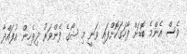
ވެސް އެންމެ ބޮޑަށް ފާހަގަކޮށްފައި ވަނީ މި ޝޯގެ ފެންވަރު ދިވެހިން އުފައްދާ